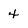
Character: 4